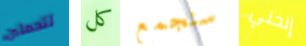
تتحملين كل سنجمع إنحني